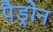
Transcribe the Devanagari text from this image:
पैड्रोन